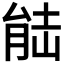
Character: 𮌛